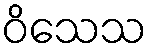
ဝိသေသ